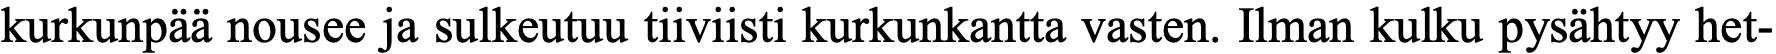
kurkunpää nousee ja sulkeutuu tiiviisti kurkunkantta vasten. Ilman kulku pysähtyy het-